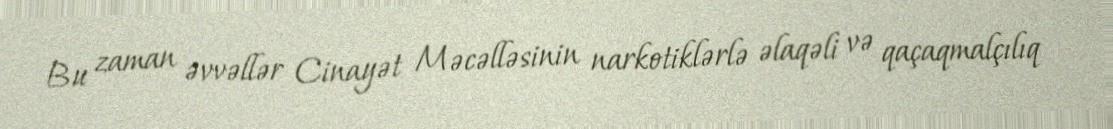
Bu zaman əvvəllər Cinayət Məcəlləsinin narkotiklərlə əlaqəli və qaçaqmalçılıq